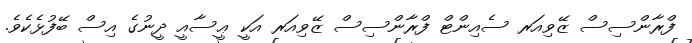
ފްރާންސިސް ޒޭވިއަރ ސެއިންޓް ފްރާންސިސް ޒޭވިއަރ އަކީ ޢީސާއީ ދީނުގެ އިސް ބޭފުޅެކެވެ.